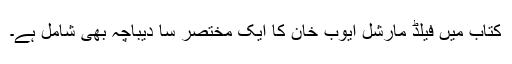
کتاب میں فیلڈ مارشل ایوب خان کا ایک مختصر سا دیباچہ بھی شامل ہے۔